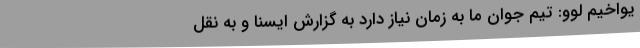
یواخیم لوو: تیم جوان ما به زمان نیاز دارد به گزارش ایسنا و به نقل